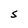
Character: S